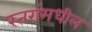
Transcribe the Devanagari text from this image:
स्तरांमधील